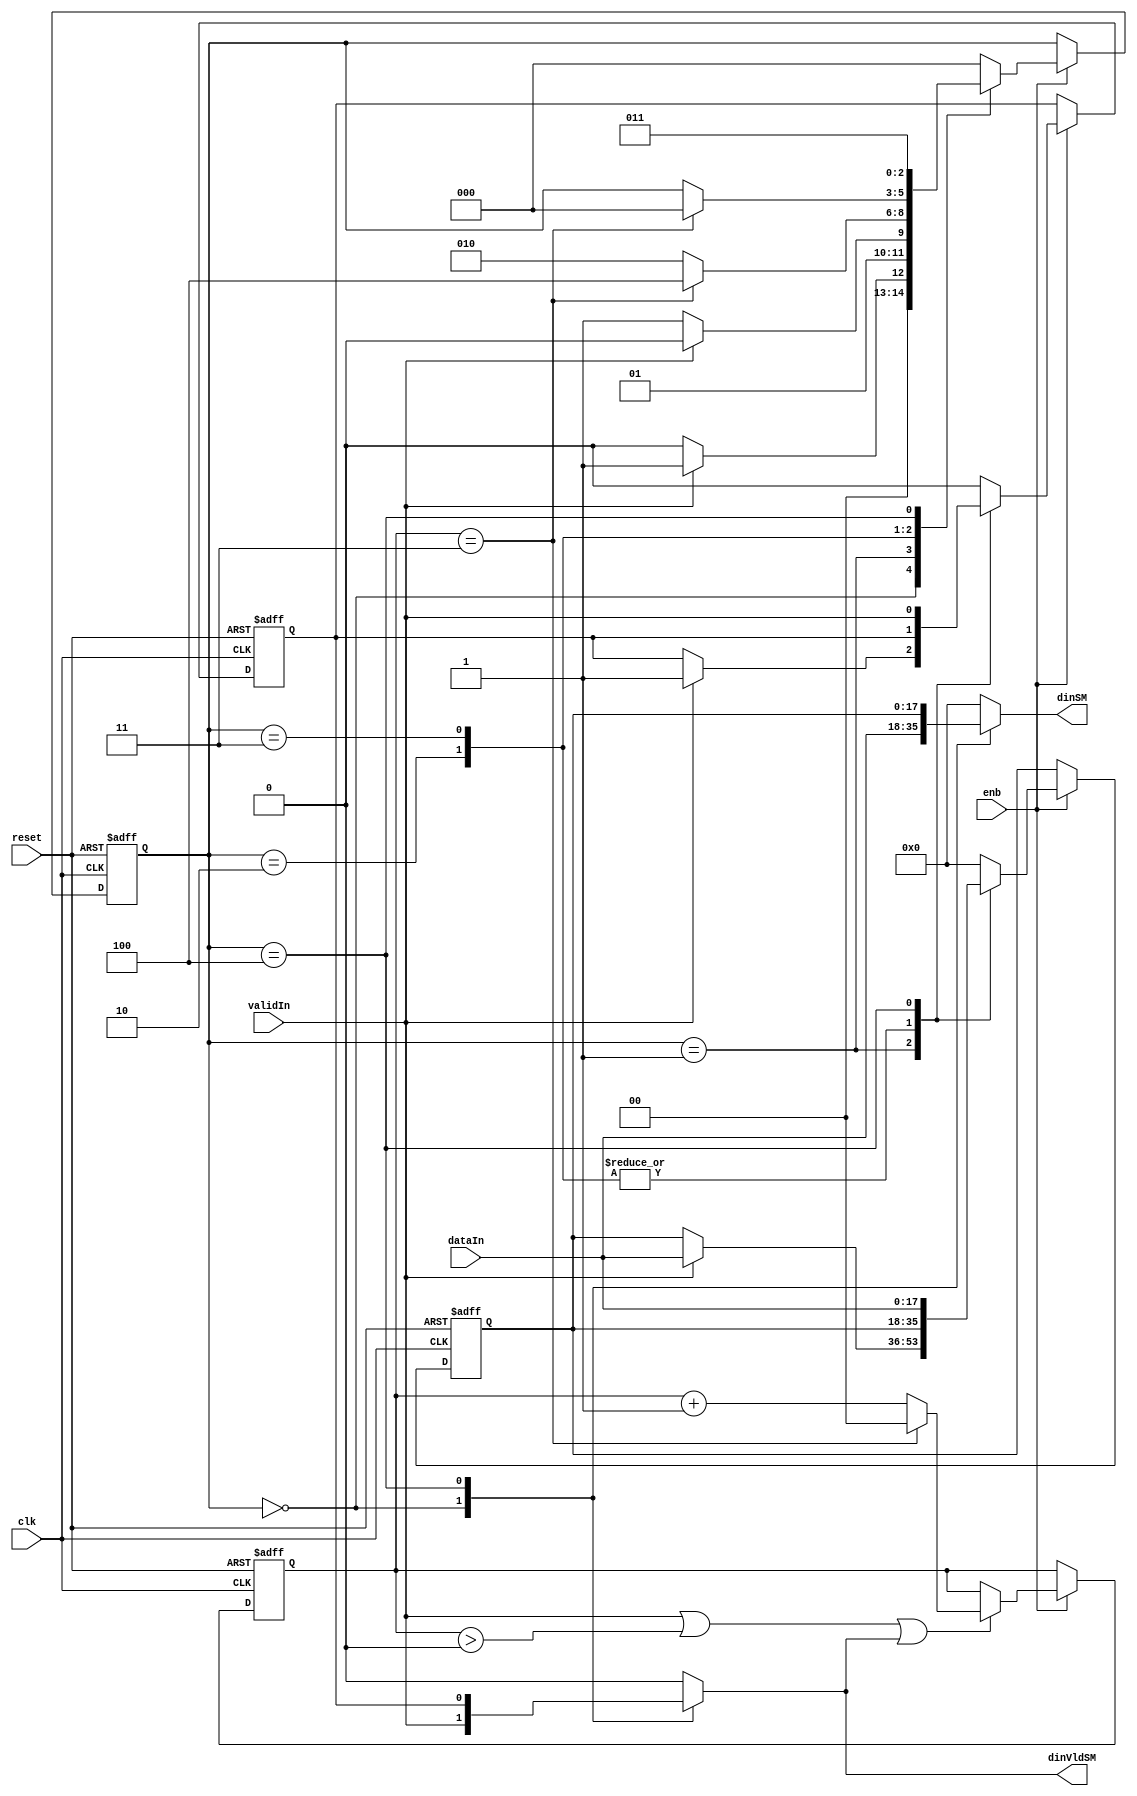
// -------------------------------------------------------------
// 
// 
// Generated by MATLAB 9.13 and HDL Coder 4.0
// 
// -------------------------------------------------------------


// -------------------------------------------------------------
// 
// Module: FirRdyLogic_block
// Source Path: DUCforLTEHDL/HDL_DUC/CIC Compensation Interpolator/DUCforLTEHDL/HDL_DUC/CIC Compensation Interpolator/FIRFilter2/FirRdyLogic
// Hierarchy Level: 3
// 
// -------------------------------------------------------------

`timescale 1 ns / 1 ns

module FirRdyLogic_block
          (clk,
           reset,
           enb,
           dataIn,
           validIn,
           dinSM,
           dinVldSM);


  input   clk;
  input   reset;
  input   enb;
  input   signed [17:0] dataIn;  // sfix18_En14
  input   validIn;
  output  signed [17:0] dinSM;  // sfix18_En14
  output  dinVldSM;


  wire syncReset;
  reg signed [17:0] firRdy_xdin;  // sfix18
  reg  firRdy_xdinVld;
  reg [2:0] firRdy_state;  // ufix3
  reg  firRdy_readyReg;
  reg [1:0] firRdy_count;  // ufix2
  reg signed [17:0] firRdy_xdin_next;  // sfix18_En14
  reg  firRdy_xdinVld_next;
  reg [2:0] firRdy_state_next;  // ufix3
  reg  firRdy_readyReg_next;
  reg [1:0] firRdy_count_next;  // ufix2
  reg  readySM;
  reg signed [17:0] dinSM_1;  // sfix18_En14
  reg  dinVldSM_1;
  reg  firRdy_out2_0;
  reg [1:0] firRdy_count_temp;  // ufix2


  assign syncReset = 1'b0;



  // rdyLogic
  always @(posedge clk or posedge reset)
    begin : firRdy_process
      if (reset == 1'b1) begin
        firRdy_state <= 3'b000;
        firRdy_xdin <= 18'sb000000000000000000;
        firRdy_xdinVld <= 1'b0;
        firRdy_readyReg <= 1'b1;
        firRdy_count <= 2'b00;
      end
      else begin
        if (enb) begin
          firRdy_xdin <= firRdy_xdin_next;
          firRdy_xdinVld <= firRdy_xdinVld_next;
          firRdy_state <= firRdy_state_next;
          firRdy_readyReg <= firRdy_readyReg_next;
          firRdy_count <= firRdy_count_next;
        end
      end
    end

  always @(dataIn, firRdy_count, firRdy_readyReg, firRdy_state, firRdy_xdin,
       firRdy_xdinVld, syncReset, validIn) begin
    firRdy_count_temp = firRdy_count;
    firRdy_xdin_next = firRdy_xdin;
    firRdy_xdinVld_next = firRdy_xdinVld;
    firRdy_state_next = firRdy_state;
    firRdy_readyReg_next = firRdy_readyReg;
    if ( ! syncReset) begin
      case ( firRdy_state)
        3'b000 :
          begin
            dinSM_1 = dataIn;
            firRdy_out2_0 = validIn;
            firRdy_state_next = 3'b000;
            firRdy_readyReg_next = 1'b1;
            firRdy_xdin_next = 18'sb000000000000000000;
            firRdy_xdinVld_next = 1'b0;
            if (validIn) begin
              firRdy_state_next = 3'b001;
              firRdy_readyReg_next = 1'b0;
            end
          end
        3'b001 :
          begin
            dinSM_1 = 18'sb000000000000000000;
            firRdy_out2_0 = 1'b0;
            firRdy_state_next = 3'b011;
            if (validIn) begin
              firRdy_state_next = 3'b010;
              firRdy_xdin_next = dataIn;
              firRdy_xdinVld_next = 1'b1;
            end
          end
        3'b010 :
          begin
            dinSM_1 = 18'sb000000000000000000;
            firRdy_out2_0 = 1'b0;
            firRdy_state_next = 3'b010;
            if (firRdy_count == 2'b11) begin
              firRdy_state_next = 3'b100;
            end
            firRdy_readyReg_next = 1'b0;
          end
        3'b011 :
          begin
            if (firRdy_count == 2'b11) begin
              firRdy_readyReg_next = 1'b1;
              firRdy_state_next = 3'b000;
            end
            dinSM_1 = 18'sb000000000000000000;
            firRdy_out2_0 = 1'b0;
          end
        3'b100 :
          begin
            firRdy_state_next = 3'b011;
            dinSM_1 = firRdy_xdin;
            firRdy_out2_0 = firRdy_xdinVld;
            firRdy_xdin_next = dataIn;
            firRdy_xdinVld_next = validIn;
          end
        default :
          begin
            dinSM_1 = 18'sb000000000000000000;
            firRdy_out2_0 = 1'b0;
            firRdy_state_next = 3'b000;
            firRdy_xdin_next = 18'sb000000000000000000;
            firRdy_xdinVld_next = 1'b0;
            firRdy_readyReg_next = 1'b1;
          end
      endcase
    end
    else begin
      firRdy_state_next = 3'b000;
      firRdy_xdin_next = 18'sb000000000000000000;
      firRdy_xdinVld_next = 1'b0;
      firRdy_readyReg_next = 1'b0;
      firRdy_count_temp = 2'b00;
      firRdy_out2_0 = 1'b0;
      dinSM_1 = dataIn;
    end
    if ((validIn || (firRdy_count_temp > 2'b00)) || firRdy_out2_0) begin
      if (firRdy_count_temp == 2'b11) begin
        firRdy_count_temp = 2'b00;
      end
      else begin
        firRdy_count_temp = firRdy_count_temp + 2'b01;
      end
    end
    readySM = firRdy_readyReg;
    dinVldSM_1 = firRdy_out2_0;
    firRdy_count_next = firRdy_count_temp;
  end



  assign dinSM = dinSM_1;

  assign dinVldSM = dinVldSM_1;

endmodule  // FirRdyLogic_block